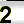
Digit: 2